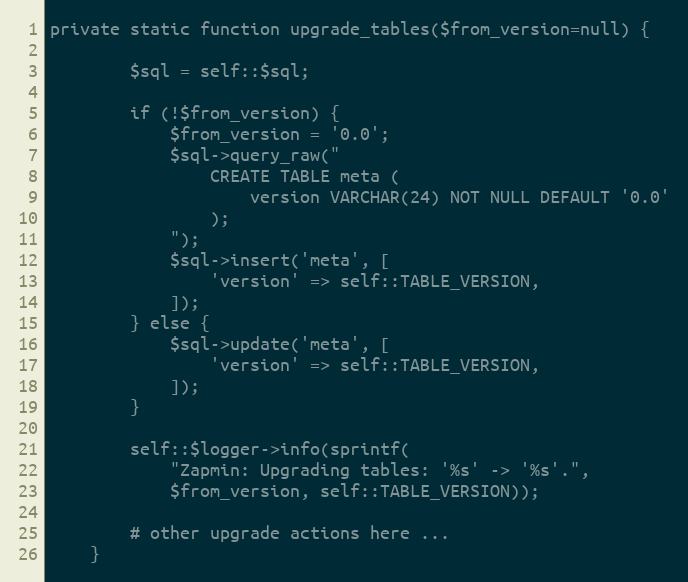
Language: PHP
private static function upgrade_tables($from_version=null) {

		$sql = self::$sql;

		if (!$from_version) {
			$from_version = '0.0';
			$sql->query_raw("
				CREATE TABLE meta (
					version VARCHAR(24) NOT NULL DEFAULT '0.0'
				);
			");
			$sql->insert('meta', [
				'version' => self::TABLE_VERSION,
			]);
		} else {
			$sql->update('meta', [
				'version' => self::TABLE_VERSION,
			]);
		}

		self::$logger->info(sprintf(
			"Zapmin: Upgrading tables: '%s' -> '%s'.",
			$from_version, self::TABLE_VERSION));

		# other upgrade actions here ...
	}